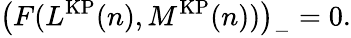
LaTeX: \left(F(L^{\mathrm{KP}}(n),M^{\mathrm{KP}}(n))\right)_{-}=0.